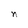
Character: n